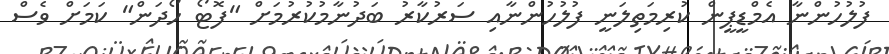
ފުލުހުންނާ އެމްޑީޕީން ކުރިމަތިލަނީ ފުލުހުންނާއި ސަރުކާރު ބަދުނާމުކުރުމަށް "ފޮޓޯ ހޯދަން" ކަމަށް ވެސް